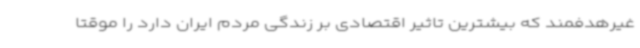
غیرهدفمند که بیشترین تاثیر اقتصادی بر زندگی مردم ایران دارد را موقتا